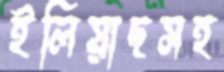
ইলিয়াছসহ